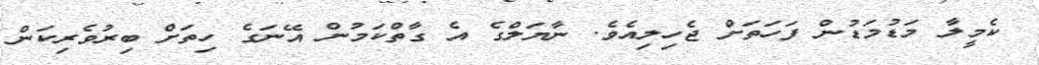
ކެމީލާ މަޑުމަޑުން ފަހަތަށް ޖެހިލިއެވެ. ނާޔަލްގެ އެ ގާތްކަމުން އޭނަގެ ހިތަށް ބިރުވެރިކަން